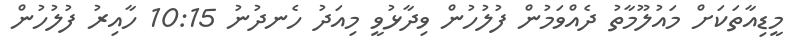
މީޑިއާތަކަށް މައުުލޫމާތު ދެއްވަމުން ފުލުހުން ވިދާޅުވީ މިއަދު ހެނދުނު 10:15 ހާއިރު ފުލުހުން